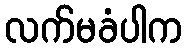
လက်မခံပါက